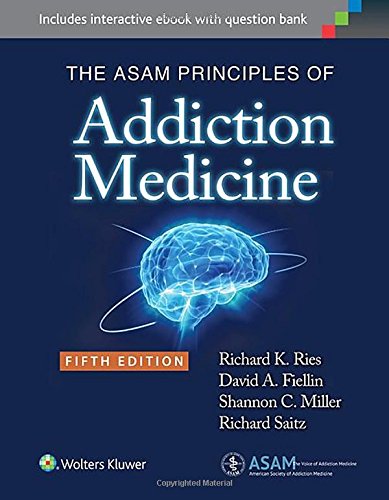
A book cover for The ASAM Principles of Addiction Medicine; Dr. Richard K. Ries MD  FAPA  FASAM; Health, Fitness & Dieting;